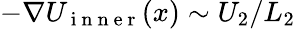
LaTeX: -\nabla U_{\mathrm{~i~n~n~e~r~}}(x)\sim U_{2}/L_{2}